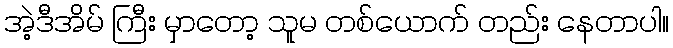
အဲ့ဒီအိမ် ကြီး မှာတော့ သူမ တစ်ယောက် တည်း နေတာပါ။